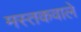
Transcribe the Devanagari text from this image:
मस्तकवाले